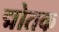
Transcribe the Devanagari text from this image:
द्मोतक